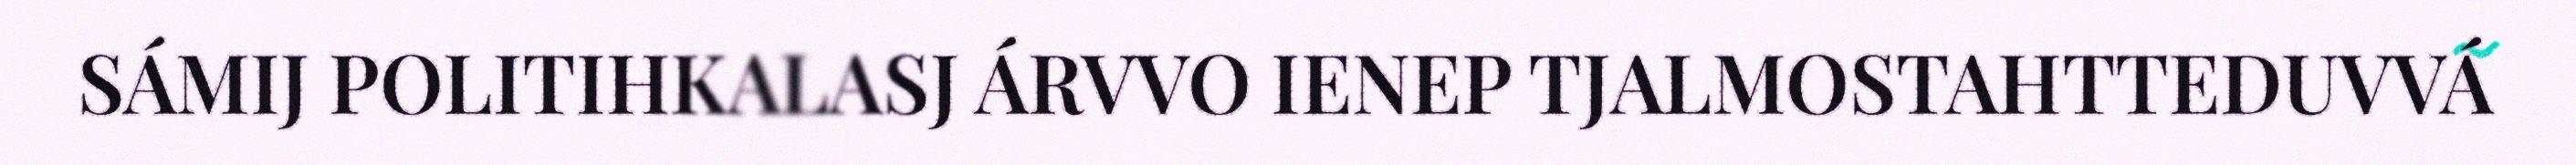
SÁMIJ POLITIHKALASJ ÁRVVO IENEP TJALMOSTAHTTEDUVVÁ